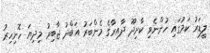
ލީޑަރު ކަމުގައި ހުންނެވި ކާށިދޫ ދާއިރާގެ މެންބަރު އަބްދު ޖާބިރު މިދިޔަ ހޮނިހިރު